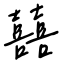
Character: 囍